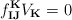
\begin{align*}f^\mathbf{K}_{\mathbf{IJ}} V_\mathbf{K} = 0\end{align*}